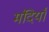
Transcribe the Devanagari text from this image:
मंदियाँ